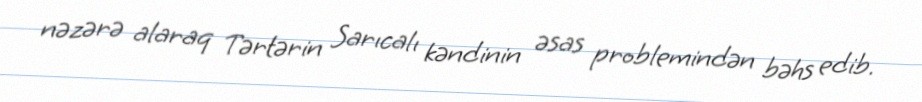
nəzərə alaraq Tərtərin Sarıcalı kəndinin əsas problemindən bəhs edib.